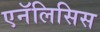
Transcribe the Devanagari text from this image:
एनॅलिसिस